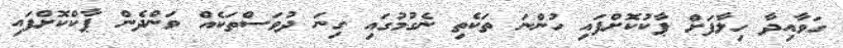
ގަވާއިދާ ހިލާފަށް ޕާކުކޮށްފައި ހުންނަ ތަކެތި ނެގުމުގައި ގިނަ ދުވަސްތަކެއް ވަންދެން ޕާކްކޮށްފައި